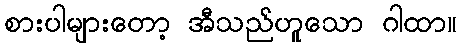
စားပါများတော့ အီသည်ဟူသော ဂါထာ။